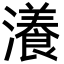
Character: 瀁